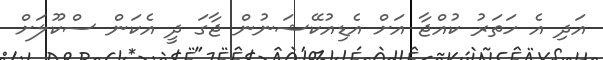
އަދި އެ ހަތަރު ކުއްޖާ އަށް އެޑިއުކޭޝަނުން ޖާގަ ދީ އެކަން ސްކޫލަށް